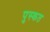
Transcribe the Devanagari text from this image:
पुस्कत